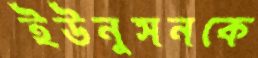
ইউনুসনকে